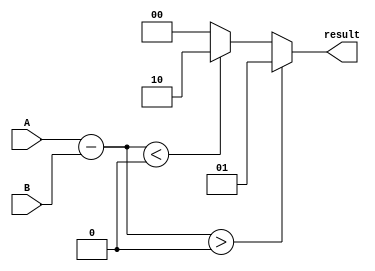
module comp (
    input [7:0] A,
    input [7:0] B,
    output [1:0] result
);

reg [7:0] diff;

assign diff = A - B;

always @(*) begin
    if (diff > 0) begin
        result = 2'b01; // A is greater than B
    end else if (diff < 0) begin
        result = 2'b10; // A is less than B
    end else begin
        result = 2'b00; // A is equal to B
    end
end

endmodule